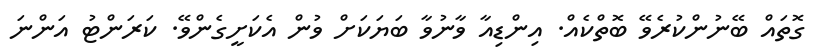
ގޮތައް ބޭނުންކުރެވޭ ބޮތްކެއް. އިންޑިއާ ވާނުވާ ބަޔަކަށް ވުން އެކަށީގެންވޭ. ކަރަންޓު އަންނަ